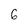
Character: 6